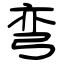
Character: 弯